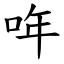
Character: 哖